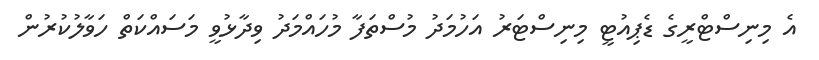
އެ މިނިސްޓްރީގެ ޑެޕިއުޓީ މިނިސްޓަރު އަހުމަދު މުސްތަފާ މުހައްމަދު ވިދާޅުވީ މަސައްކަތް ހަވާލުކުރުން